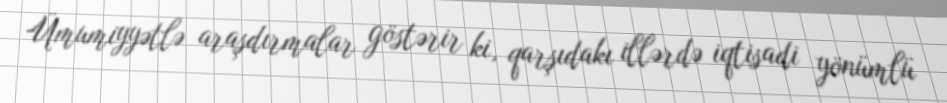
Ümumiyyətlə araşdırmalar göstərir ki, qarşıdakı illərdə iqtisadi yönümlü